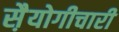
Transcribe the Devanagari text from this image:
स़ैयोगीचारी